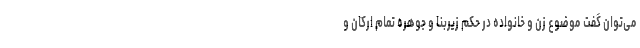
می‌توان گفت موضوع زن و خانواده در حکم زیربنا و جوهره تمام ارکان و